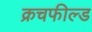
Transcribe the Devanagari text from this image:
क्रचफील्ड